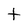
Character: t